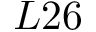
L 2 6